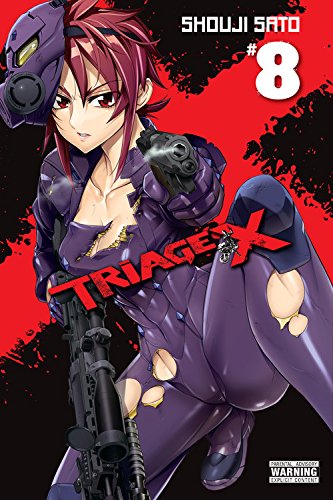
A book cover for Triage X, Vol. 8; Comics & Graphic Novels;